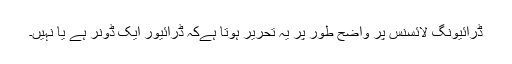
ڈرائیونگ لائسنس پر واضح طور پر یہ تحریر ہوتا ہےکہ ڈرائیور ایک ڈونر ہے یا نہیں۔